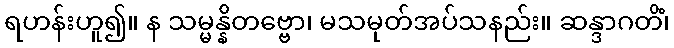
ရဟန်းဟူ၍။ န သမ္မန္နိတဗ္ဗော၊ မသမုတ်အပ်သနည်း။ ဆန္ဒာဂတိံ၊